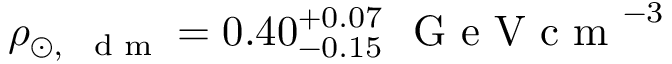
\rho _ { \odot , \, \mathrm { ~ \scriptsize ~ d ~ m ~ } } = 0 . 4 0 _ { - 0 . 1 5 } ^ { + 0 . 0 7 } ~ \mathrm { ~ G ~ e ~ V ~ c ~ m ~ } ^ { - 3 }